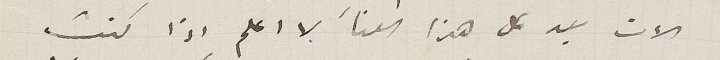
الان بعد كل هذا العنأ لا اعلم اذا كنت